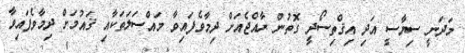
މަދަނީ ސިޔާސީ އަދި އިޤްތިސޯދީ ގޮތުން ރާއްޖެއަށް ދިމާވެފައިވާ މައްސަލަތަކާއި ޤައުމަށް ދިމާވެފައިވާ